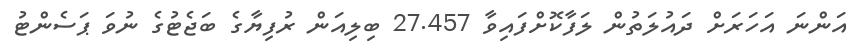
އަންނަ އަހަރަށް ދައުލަތުން ލަފާކޮށްފައިވާ 27.457 ބިލިއަން ރުފިޔާގެ ބަޖެޓުގެ ނުވަ ޕަސެންޓު